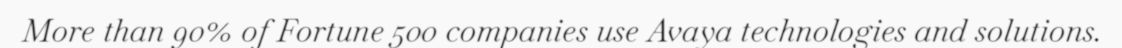
More than 90% of Fortune 500 companies use Avaya technologies and solutions.